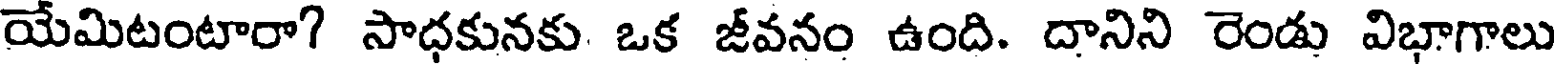
యేమిటంటారా? సాధకునకు ఒక జీవనం ఉంది. దానిని రెండు విభాగాలు